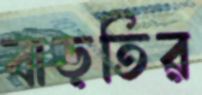
বাড়তির